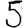
Digit: 5